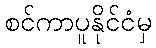
စင်ကာပူနိုင်ငံမှ